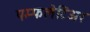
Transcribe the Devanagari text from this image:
पम्फलेटिअर